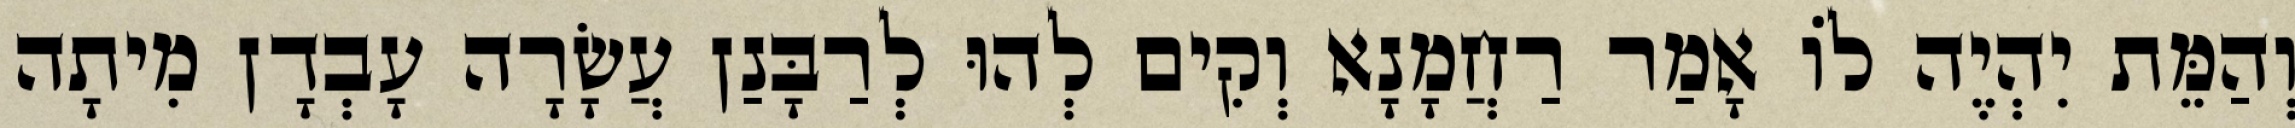
וְהַמֵּת יִהְיֶה לוֹ אָמַר רַחֲמָנָא וְקִים לְהוּ לְרַבָּנַן עֲשָׂרָה עָבְדָן מִיתָה